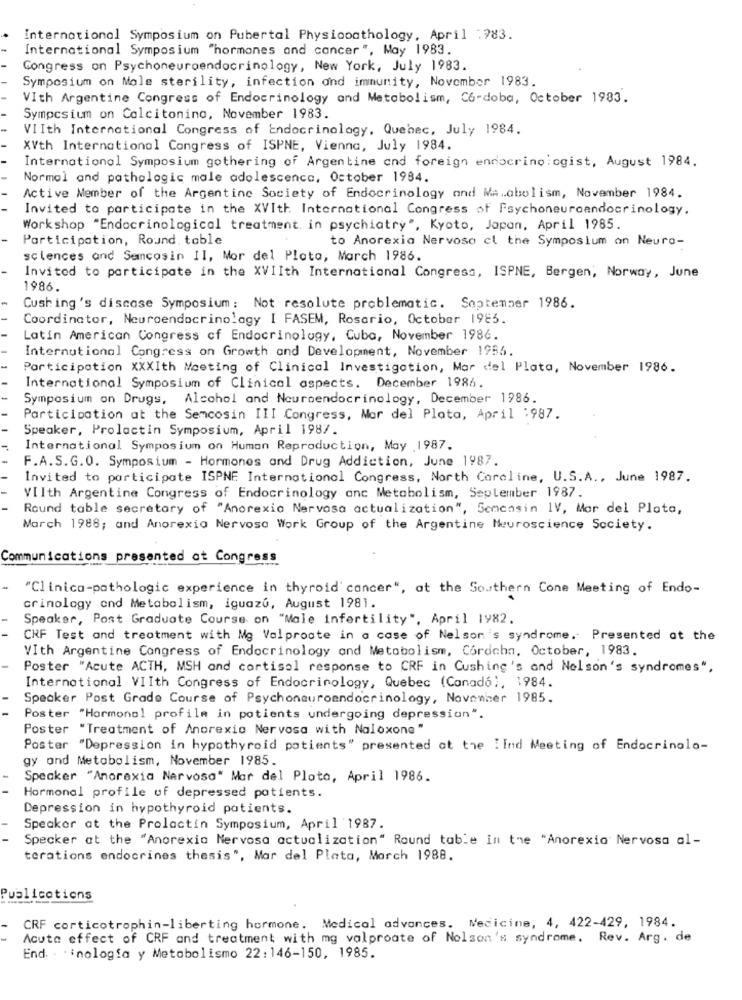
International Symposium on Pubertal Physiopathology, April :983.
International Symposium "hormones and cancer", May 1983.
Congress on Psychoneuroendocrinology, New York, July 1983.
Symposium on Mole sterility, infection and immunity, November 1983.
VIth Argentine Congress of Endocrinology and Metabolism, Co-doba, October 1983.
Sympcsium on Calcitonina, November 1983.
-
VIIth International Congress of Endocrinology, Quebec, July 1984.
XVth International Congress of ISPNE, Vienna, July 1984.
International Symposium gothering of Argentine and foreign endocrinologist, August 1984.
Normal and pathologic male adolescence, October 1984.
Active Member of the Argentine Society of Endocrinology and Ma.abolism, November 1984.
Invited to participate in the XVIth International Congress of Psychoneuroendocrinology.
Work shop "Endocrinological treatment in psychiatry", Kyoto, Japan, April 1985.
Participation, Round. table
to Anorexia Nervosa cl the Symposium on Neuro-
sciences and Semcosin II, Mor del Plata, March 1986.
Invited to participate in the XVIIth International Congress, ISPNE, Bergen, Norway, June
1986.
Cushing's discase Symposium: Not resolute problematic. September 1986.
Coordinator, Neuroendocrinology I FASEM, Rosario, October 1985.
Latin American Congress of Endocrinology, Cuba, November 1986.
International Congress on Growth and Development, November 1985.
Participation XXXIth Meeting of Clinical Investigation, Mar del Plata, November 1986.
International Symposium of Clinical aspects. December 1986.
Symposium on Drugs, Alcohol and Neuroendocrinology, December 1986.
Participation at the Semcosin III Congress, Mor del Plata, April :987.
-
Speaker, Prolactin Symposium, April 1987.
International Symposium on Human Reproduction, May 1987.
F.A.S.G.O. Symposium - Hormones and Drug Addiction, June 1987.
Invited to participate ISPNE International Congress, North Caroline, U.S.A ., June 1987.
VIIth Argentine Congress of Endocrinology anc Metabolism, September 1987.
Round table secretary of "Anorexia Nervosa actualization", 5cmcasin IV, Mar del Plata,
March 1988; and Anorexia Nervosa Work Group of the Argentine Neuroscience Society.
Communications presented at Congress
"Clinica-pathologic experience in thyroid cancer", at the Southern Cone Meeting of Endo-
crinology and Metabolism, iguazú, August 1981.
Speaker, Post Graduate Course on "Male infertility", April 1982.
CHF Test and treatment with Mg Valproate in a case of Nelson's syndrome. Presented at the
VIth Argentine Congress of Endocrinology and Metabolism, Cordchn, October, 1983.
Poster "Acute ACTH, MSH and cortisol response to CRF in Cushing's and Nelson's syndromes",
International VIIth Congress of Endocrinology, Quebec (Canada), 1984.
Speaker Post Grade Course of Psychonauroendocrinology, November 1985.
Poster "Hormonal profile in potients undergoing depression".
Poster "Treatment of Anorexia Nervosa with Naloxone"
Poster "Depression in hypothyroid patients" presented at the ! Ind Meeting of Endocrinolo-
gy and Metabolism, November 1985.
Speaker "Anorexia Nervosa" Mar del Plata, April 1986.
Hormonal profile of depressed patients.
Depression in hypothyroid patients.
Speaker at the Prolactin Symposium, April 1987.
Specker at the "Anorexia Nervosa actualization" Round table in the "Anorexia Nervosa al-
torations endocrines thesis", Mar del Plata, March 1988.
Publications
CRF corticotrophin-liberting hormone. Medical advances. Medicine, 4, 422-429, 1984.
Acuta effect of CRF and treatment with mg valproate of Nolson's syndrome. Rev. Arg. de
End. . inologia y Metabolismo 22:146-150, 1985.